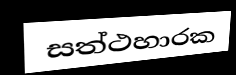
සත්ථහාරක